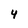
Character: 4